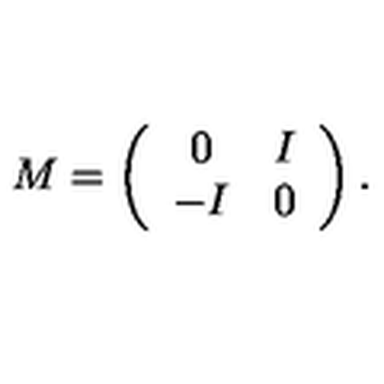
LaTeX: M = \left( \begin{array} { c c } { 0 } & { I } \\ { - I } & { 0 } \\ \end{array} \right) .